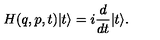
H ( q , p , t ) | t \rangle = i \frac { d } { d t } | t \rangle .